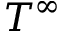
T ^ { \infty }